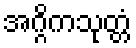
အဂ္ဂိကသုတ္တံ